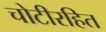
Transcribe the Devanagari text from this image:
चोटीरहित